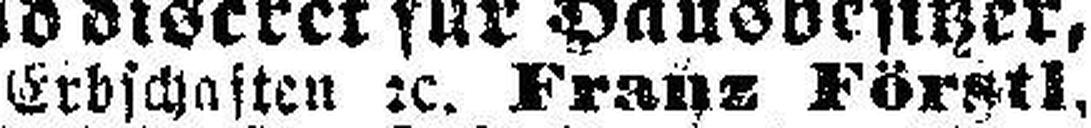
Erbschaften 2c. Franz Förstl